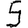
Digit: 5